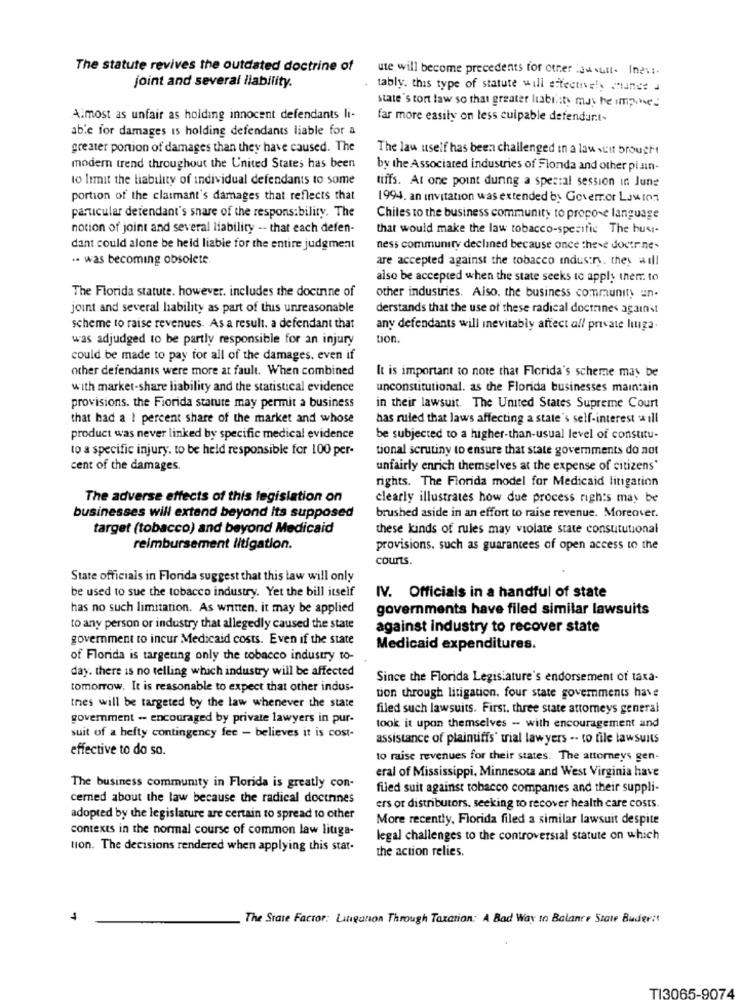
The statute revives the outdated doctrine of
ute will become precedents for other lawsuit. Ines :.
joint and several liability.
tably. this type of statute will effectively chance d
state's tort law so that greater liability muy he improved
Almost as unfair as holding innocent defendants li-
far more easily on less culpable defendur.t-
able for damages is holding defendants liable for a
greater portion of damages than they have caused. The
The law uself has been challenged in a lawsuit brought
modem trend throughout the United States has been
by the Associated industries of Flonda and other pi sin-
to limit the liability of individual defendants to some
tiffs. At one point during a special session in June
portion of the claimant's damages that reflects that
1994. an invitation was extended by Govemor Lawton
particular defendant's share of the responsibility. The
Chiles to the business community to propose language
notion of joint and several liability -- that each defen-
that would make the law tobacco-specific The husi-
dant could alone be held liable for the entire judgment
ness community declined because once these doctrine-
.. was becoming obsolete
are accepted against the tobacco industry. they will
also be accepted when the state seeks to apply then. to
The Florida statute. however. includes the doctrine of
other industries. Also, the business community un-
joint and several hability as part of this unreasonable
derstands that the use of these radical doctrines against
scheme to raise revenues. As a result. a defendant that
any defendants will inevitably affect all private luiga.
was adjudged to be partly responsible for an injury
tion.
could be made to pay for all of the damages. even if
other defendants were more at fault. When combined
It is important to note that Florida's scheme may be
with market-share liability and the statistical evidence
unconstitutional. as the Florida businesses maintain
provisions. the Fiorida stature may permit a business
in their lawsuit. The United States Supreme Court
that had a ! percent share of the market and whose
has ruled that laws affecting a state's self-interest will
product was never linked by specific medical evidence
be subjected to a higher-than-usual level of constitu-
to a specific injury, to be held responsible for 100 per-
tional scrutiny to ensure that state governments do not
cent of the damages.
unfairly enrich themselves at the expense of citizens'
rights. The Florida model for Medicaid litigation
The adverse effects of this legislation on
clearly illustrates how due process rights may be
businesses will extend beyond its supposed
brushed aside in an effort to raise revenue. Moreover.
target (tobacco) and beyond Medicaid
these kinds of rules may violate state consututional
reimbursement litigation.
provisions. such as guarantees of open access to the
courts.
State officials in Florida suggest that this law will only
be used to sue the tobacco industry. Yet the bill itself
IV. Officials in a handful of state
has no such limitation. As written. it may be applied
governments have filed similar lawsuits
to any person or industry that allegedly caused the state
against industry to recover state
government to incur Medicaid costs. Even if the state
Medicaid expenditures.
of Florida is targeting only the tobacco industry to-
day. there is no telling which industry will be affected
Since the Florida Legislature's endorsement of taxa-
tomorrow, It is reasonable to expect that other indus-
tres will be targeted by the law whenever the state
tion through litigation. four state governments have
filed such lawsuits. First. three state attorneys general
government -- encouraged by private lawyers in pur-
took it upon themselves - with encouragement and
suit of a hefty contingency fee - believes it is cost-
assistance of plaintiffs' tial lawyers -- to file lawsuits
effective to do so.
to raise revenues for their states. The attorneys gen-
eral of Mississippi, Minnesota and West Virginia have
The business community in Florida is greatly con-
filed suit against tobacco companies and their suppli-
cemned about the law because the radical doctrines
ers or distributors, seeking to recover health care costs.
adopted by the legislature are certain to spread to other
More recently, Florida filed a similar lawsuit despite
contexts in the normal course of common law litiga-
legal challenges to the controversial statute on which
tion. The decisions rendered when applying this star-
the action relies.
The State Factor: Lingation Through Taxation: A Bad Way to Balance State Buderit
TI3065-9074